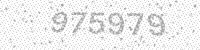
Solution: 975979